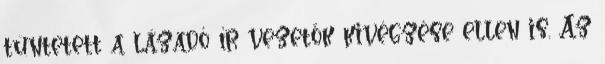
tüntetett a lázadó ír vezetők kivégzése ellen is. Az